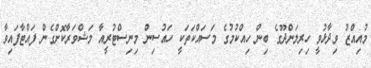
މުއިއްޒު ވިދާޅުވީ ހިރިލަންދޫގެ ބިން ހިއްކުމުގެ މަސައްކަތަކީ ހައުސިން މިނިސްޓުރީއާ މަޝްވަރާކޮށްގެން ފައްޓާފައިވާ